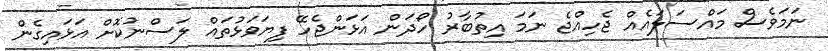
ނަމަވެސް މައްސަލައެއް ޖެހިއްޖެ ނަމަ އިތުބާރު ހޯދަން އަޅަންޖެހޭ ފިޔަވަޅުތައް ލަސްނުކޮށް އަޅައިގެން